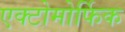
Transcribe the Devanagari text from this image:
एक्टोमोर्फिक